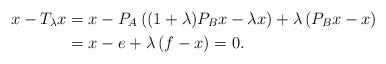
LaTeX: \begin{align*}x-T_{\lambda}x=\; &x-P_A\left((1+\lambda)P_Bx-\lambda x\right)+\lambda\left(P_Bx-x\right)\\=\; &x-e+\lambda\left(f-x\right)=0.\end{align*}